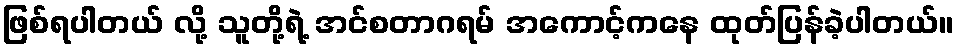
ဖြစ်ရပါတယ် လို့ သူတို့ရဲ့ အင်စတာဂရမ် အကောင့်ကနေ ထုတ်ပြန်ခဲ့ပါတယ်။